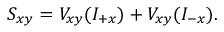
S _ { x y } = V _ { x y } ( I _ { + x } ) + V _ { x y } ( I _ { - x } ) .